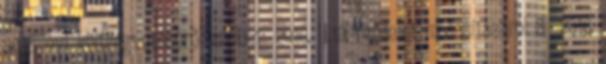
2016. évi költségvetéséről szóló 1 2016. II.19. rendelet módosításáról 8 2016.